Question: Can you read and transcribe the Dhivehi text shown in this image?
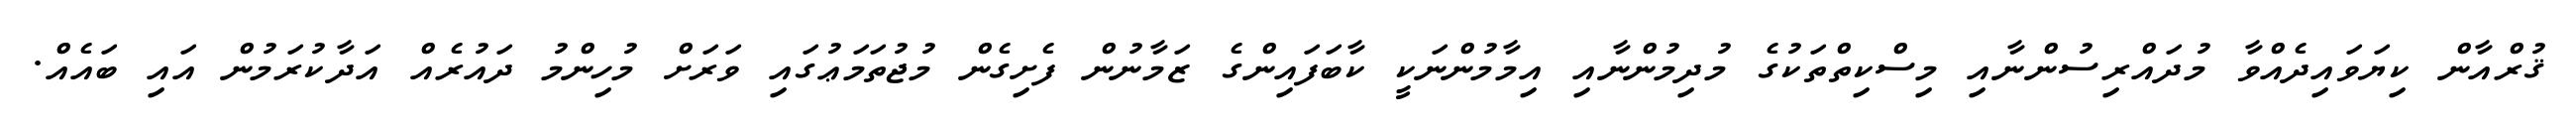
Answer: ޤުރްއާން ކިޔަވައިދެއްވާ މުދައްރިސުންނާއި މިސްކިތްތަކުގެ މުދިމުންނާއި އިމާމުންނަކީ ކާބަފައިންގެ ޒަމާނުން ފެށިގެން މުޖުތަމަޢުގައި ވަރަށް މުހިންމު ދައުރެއް އަދާކުރަމުން އައި ބައެއް.